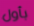
بأول